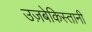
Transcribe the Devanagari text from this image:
उज़बेकिस्तानी